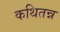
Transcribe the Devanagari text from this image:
कथितन्न